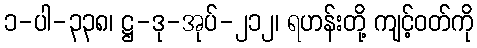
၁-ပါ-၃၃၈၊ ဋ္ဌ-ဒု-အုပ်-၂၁၂၊ ရဟန်းတို့ ကျင့်ဝတ်ကို